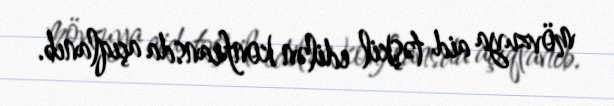
mövzuya aid təşkil edilən konfransda açıqlanıb.